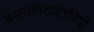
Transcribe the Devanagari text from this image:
वनस्पतिशास्त्रविदों